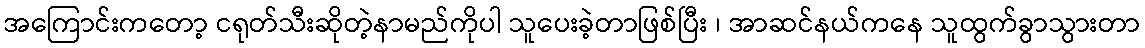
အကြောင်းကတော့ ငရုတ်သီးဆိုတဲ့နာမည်ကိုပါ သူပေးခဲ့တာဖြစ်ပြီး ၊ အာဆင်နယ်ကနေ သူထွက်ခွာသွားတာ